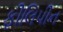
ફીલિપીન